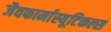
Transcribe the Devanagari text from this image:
जैवफार्मास्यूटिकल्स